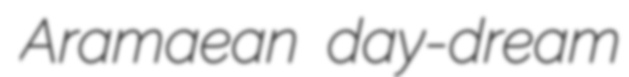
Aramaean day-dream